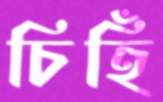
চিহিঁ